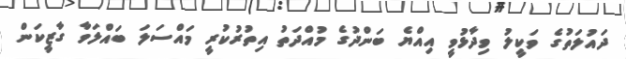
ދައުލަތުގެ ވަކީލު ވިދާޅުވީ އިއްޔެ ބަންދުގެ މުއްދަތު އިތުރުކުރީ މައްސަލަ ބައްލަވާ ގާޒީކަން